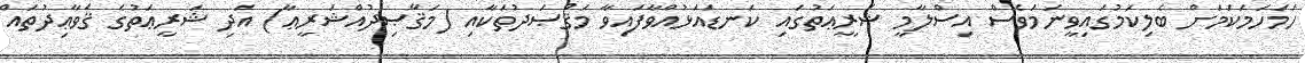
ހަމަހަމަކަމަށް ބެލިކަމުގައިވީނަމަވެސް އިސްލާމީ ޝަރީޢަތުގައި ކަނޑައަޅުއްވާފައިވާ މަޤްޞަދުތަކާއި (މަޤާޞިދުއްޝަރީޢާ) އަދި ޝަރީޢަތުގެ ޤަވާޢިދުތައް